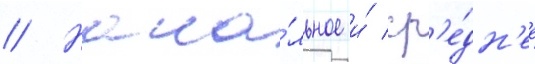
// Нача́льное и́ ср'е́дн'ее